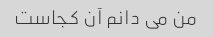
من می دانم آن کجاست